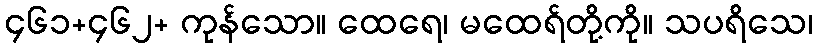
၄၆၁+၄၆၂+ ကုန်သော။ ထေရေ၊ မထေရ်တို့ကို။ သပရိသေ၊